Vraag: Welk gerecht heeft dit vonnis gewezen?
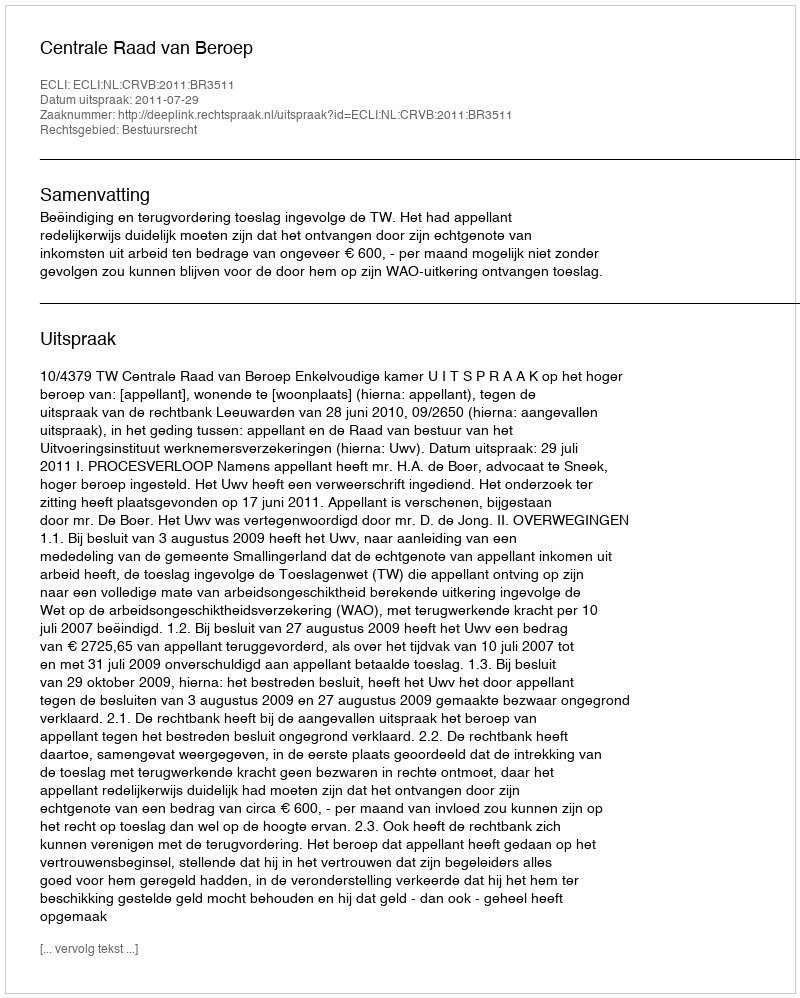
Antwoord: Centrale Raad van Beroep